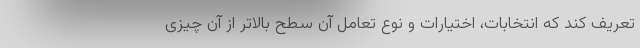
تعریف کند که انتخابات، اختیارات و نوع تعامل آن سطح بالاتر از آن چیزی